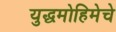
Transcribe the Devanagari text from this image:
युद्धमोहिमेचे